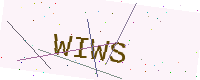
Text: WIWS